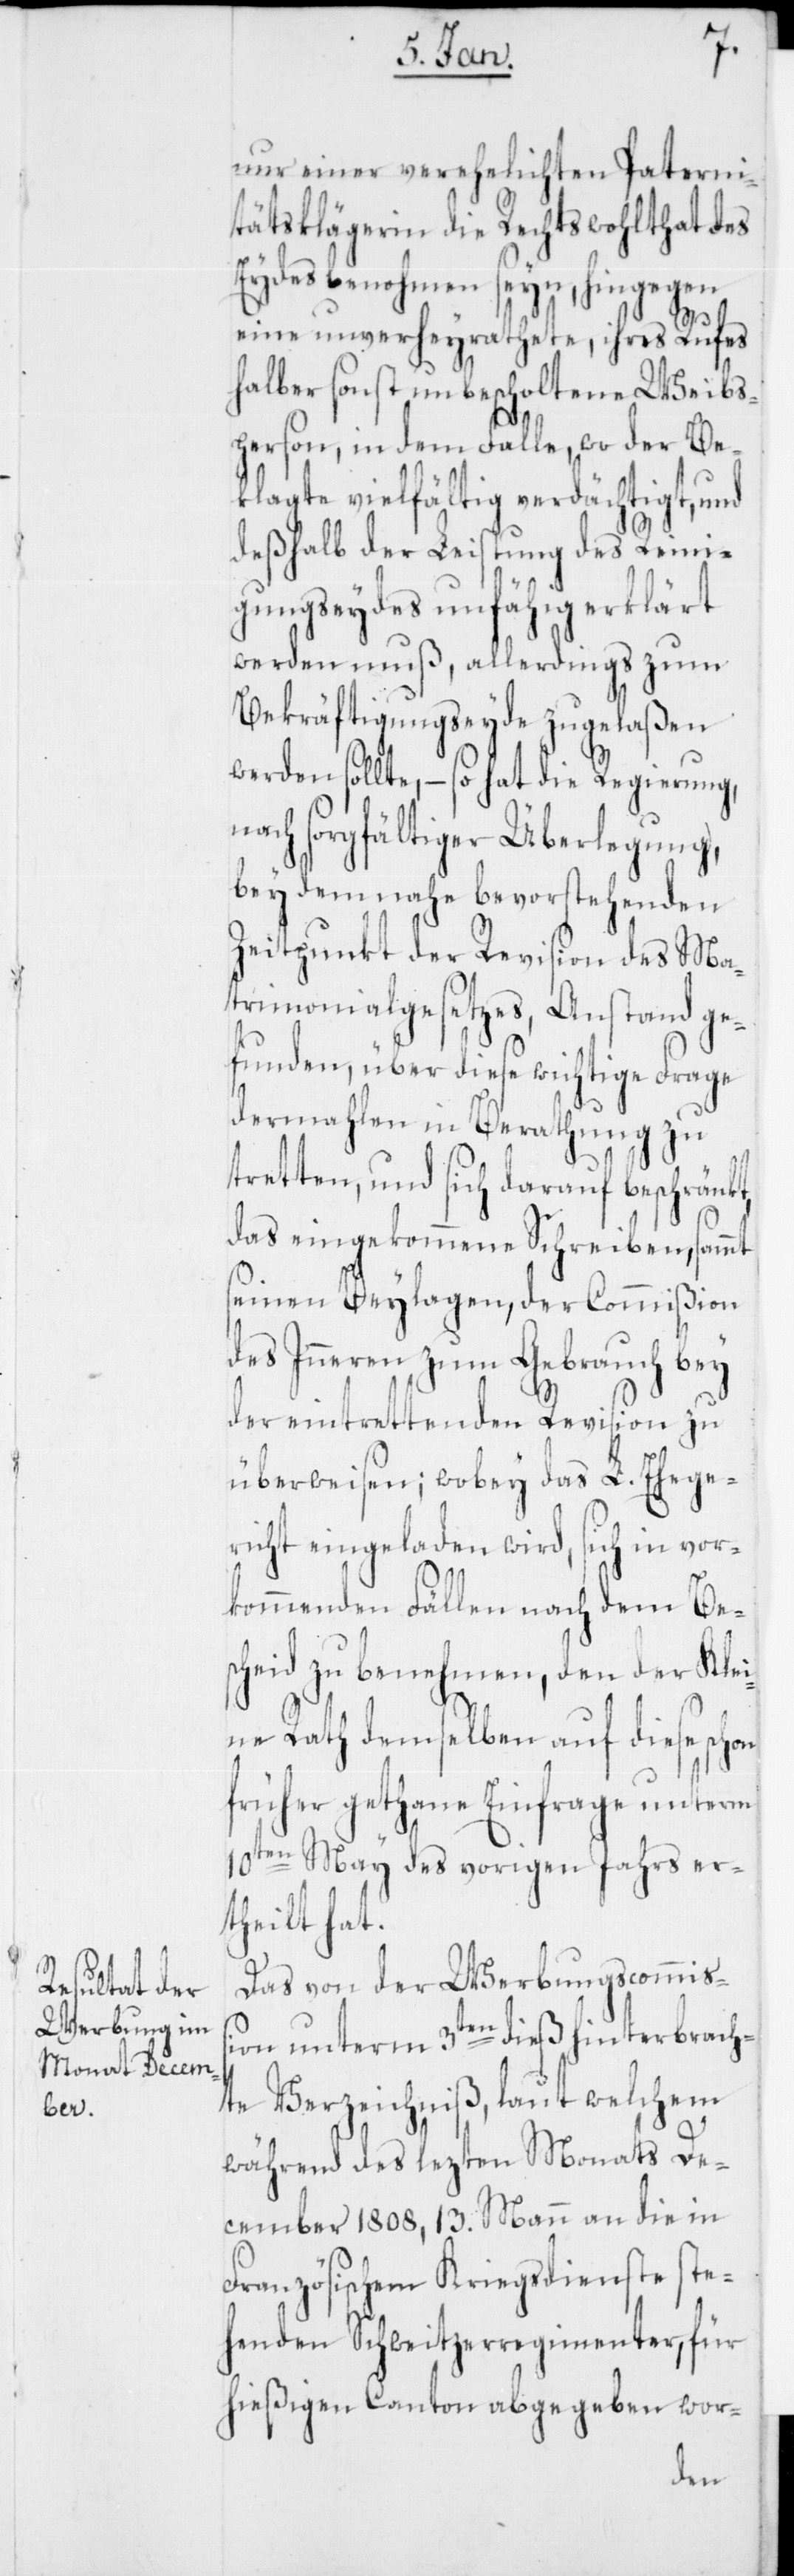
nur einer verehelichten Paterni¬
tätsklägerin die Rechtswohlthat des
Eydes benommen seyn, hingegen
eine unverheyrathete, ihres Rufes
halber sonst unbescholtene Weibs¬
person, in dem Falle, wo der Be¬
klagte vielfältig verdächtigt und
deßhalb der Leistung des Reini¬
gungseydes unfähig erklärt
werden muß, allerdings zum
Bekräftigungseyde zugelaßen
werden sollte, – so hat die Regierung,
nach sorgfältiger Überlegung,
bey dem nahe bevorstehenden
Zeitpunkt der Revision des Ma¬
trimonialgesetzes, Anstand ge¬
funden, über diese wichtige Frage
dermahlen in Berathung zu
tretten, und sich darauf beschränkt,
das eingekommene Schreiben sammt
seinen Beylagen, der Commißion
des Inneren zum Gebrauch bey
der eintrettenden Revision zu
überweisen; wobey das L. Ehege¬
richt eingeladen wird, sich in vor¬
kommenden Fällen nach dem Be¬
scheid zu benehmen, den der Klei¬
ne Rath demselben auf diese schon
früher gethane Einfrage unterm
10ten May des vorigen Jahrs er¬
theilt hat.
Das von der Werbungscommiß¬
ion unterm 3ten dieß hinterbrach¬
te Verzeichniß, laut welchem
während des lezten Monats De¬
cember 1808, 13. Mann an die in
französischem Kriegsdienste ste¬
henden Schweitzerregimenter, für
hießigen Canton abgegeben wor-